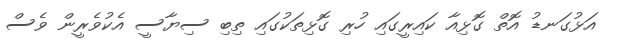
އަޅުގަނޑު އޮތް ގޮޅިއާ ކައިރީގައި ހުރި ގޮޅިތަކުގައި ތިބި ސިޔާސީ އެކުވެރީން ވެސް